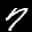
Label: 7